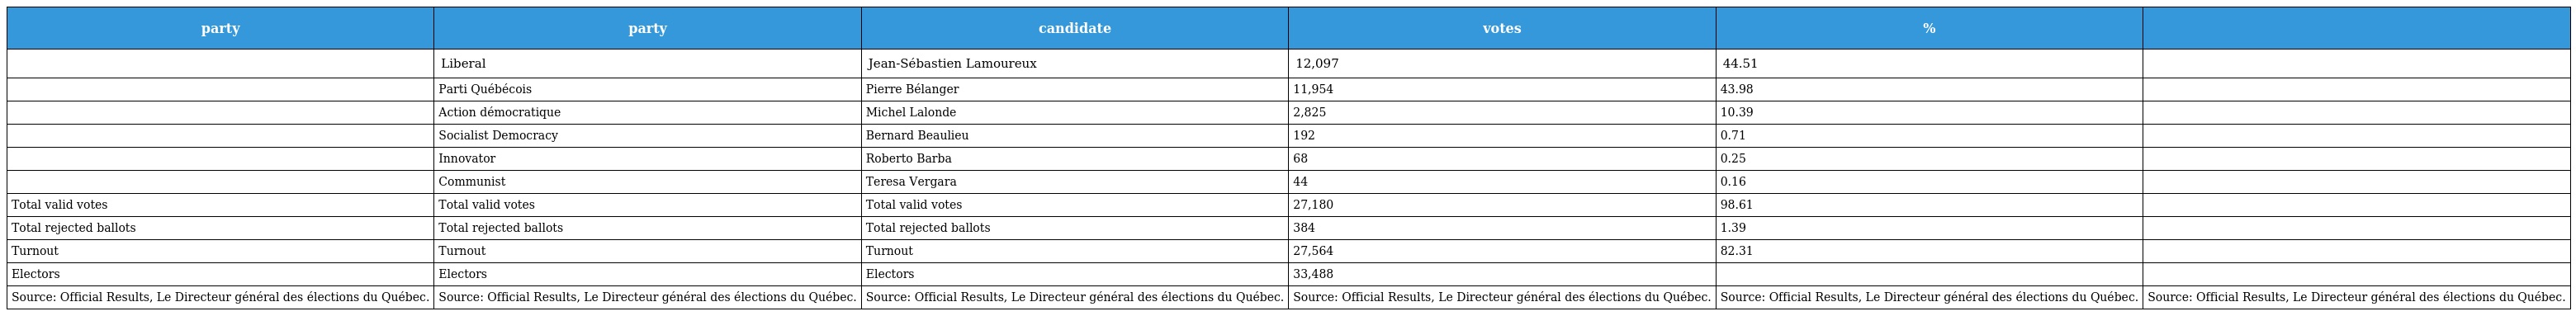
| party | party | candidate | votes | % |  |
 | --- | --- | --- | --- | --- | --- |
 |  | Liberal | Jean-Sébastien Lamoureux | 12,097 | 44.51 |  |
 |  | Parti Québécois | Pierre Bélanger | 11,954 | 43.98 |  |
 |  | Action démocratique | Michel Lalonde | 2,825 | 10.39 |  |
 |  | Socialist Democracy | Bernard Beaulieu | 192 | 0.71 |  |
 |  | Innovator | Roberto Barba | 68 | 0.25 |  |
 |  | Communist | Teresa Vergara | 44 | 0.16 |  |
 | Total valid votes | Total valid votes | Total valid votes | 27,180 | 98.61 |  |
 | Total rejected ballots | Total rejected ballots | Total rejected ballots | 384 | 1.39 |  |
 | Turnout | Turnout | Turnout | 27,564 | 82.31 |  |
 | Electors | Electors | Electors | 33,488 |  |  |
 | Source: Official Results, Le Directeur général des élections du Québec. | Source: Official Results, Le Directeur général des élections du Québec. | Source: Official Results, Le Directeur général des élections du Québec. | Source: Official Results, Le Directeur général des élections du Québec. | Source: Official Results, Le Directeur général des élections du Québec. | Source: Official Results, Le Directeur général des élections du Québec. |